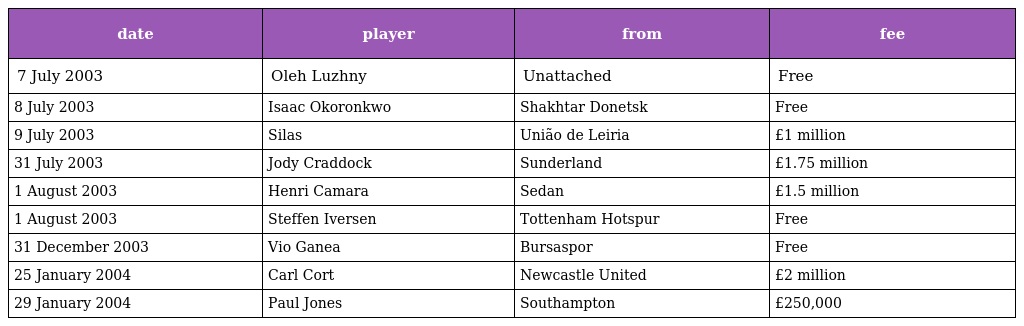
| date | player | from | fee |
 | --- | --- | --- | --- |
 | 7 July 2003 | Oleh Luzhny | Unattached | Free |
 | 8 July 2003 | Isaac Okoronkwo | Shakhtar Donetsk | Free |
 | 9 July 2003 | Silas | União de Leiria | £1 million |
 | 31 July 2003 | Jody Craddock | Sunderland | £1.75 million |
 | 1 August 2003 | Henri Camara | Sedan | £1.5 million |
 | 1 August 2003 | Steffen Iversen | Tottenham Hotspur | Free |
 | 31 December 2003 | Vio Ganea | Bursaspor | Free |
 | 25 January 2004 | Carl Cort | Newcastle United | £2 million |
 | 29 January 2004 | Paul Jones | Southampton | £250,000 |